Report of the Municipal Commissioner on the plague in Bombay for the year ending 31st May... - Volume 1
Disease focus: Plague
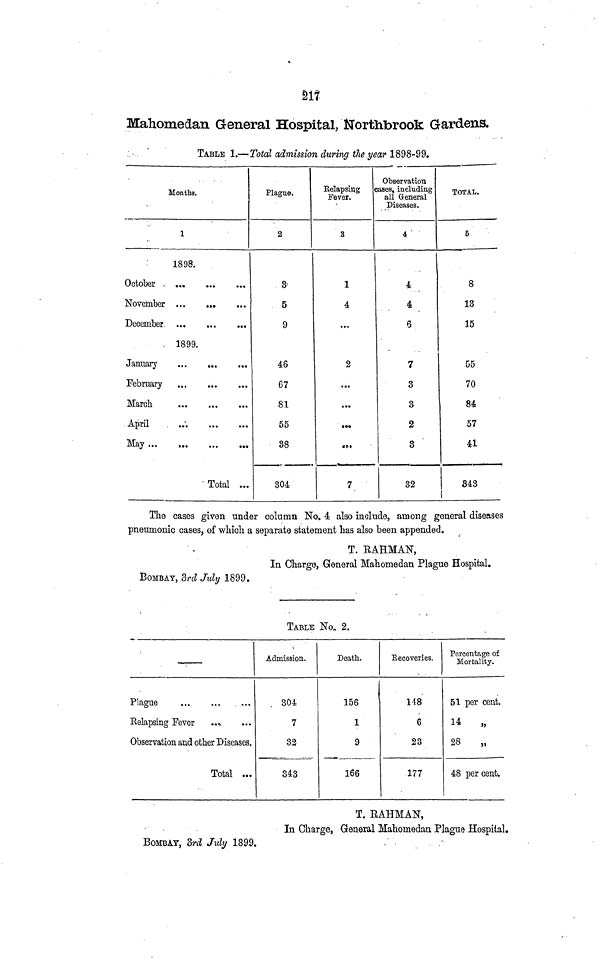
217
Mahomedan General Hospital, Northbrook Gardens.
TABLE 1.—Total admission during the year 1898-99.
Months.
1
1898.
October
November
December
1899.
January
February
March
April
May
Total ...
Plague.
2
3
5
9
46
67
81
55
38
304
Relapsing
Fever.
3
1
4
...
2
...
...
•••
7
Observation
cases, including
all General
Diseases.
4
4
4
6
7
3
3
2
3
32
TOTAL.
5
8
13
15
55
70
84
57
41
343
The cases given under column No. 4. also include, among general diseases
pneumonic cases, of which a separate statement has also been appended.
T. RAHMAN,
In Charge, General Mahomedan Plague Hospital.
BOMBAY, 3rd July 1899.
TABLE No. 2.
Plague
Relapsing Fever
..
Observation and other Diseases.
Total ...
Admission.
304
7
32
343
Death.
156
1
9
166
Recoveries.
148
6
23
177
Percentage of
Mortality.
51 per cent.
14
„
28
„
48 per cent.
BOMBAY, 3rd July 1899.
T. RAHMAN,
In Charge, General Mahomedan Plague Hospital.7